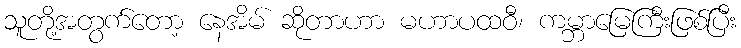
သူတို့အတွက်တော့ နေအိမ် ဆိုတာဟာ မဟာပထဝီ၊ ကမ္ဘာမြေကြီးဖြစ်ပြီး